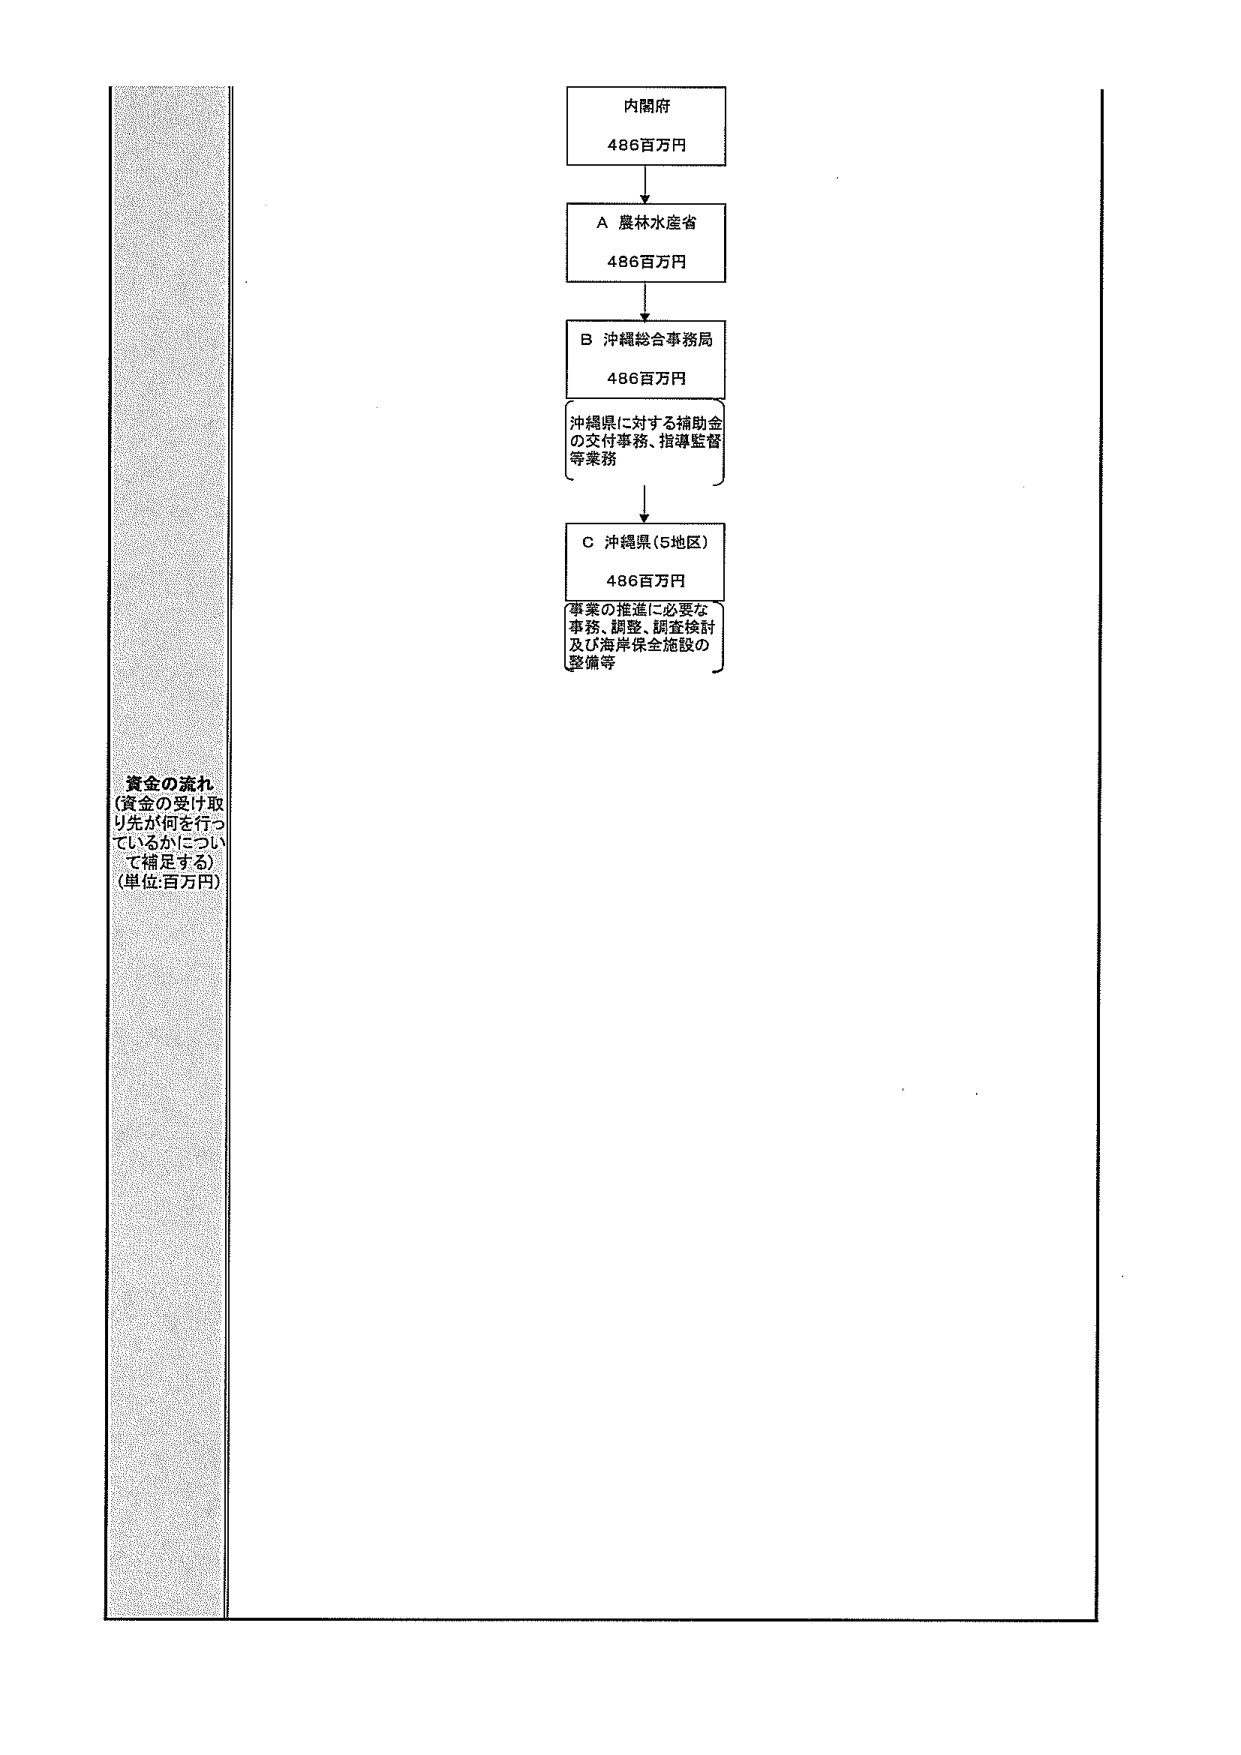
資金の流れ
(資金の受け取り先が何を行っているかについて補足する)
(単位:百万円)

内閣府
486百万円

A 農林水産省
486百万円

B 沖縄総合事務局
486百万円
沖縄県に対する補助金の交付事務、指導監督等業務

C 沖縄県(5地区)
486百万円
事業の推進に必要な事務、調整、調査検討及び海岸保全施設の整備等